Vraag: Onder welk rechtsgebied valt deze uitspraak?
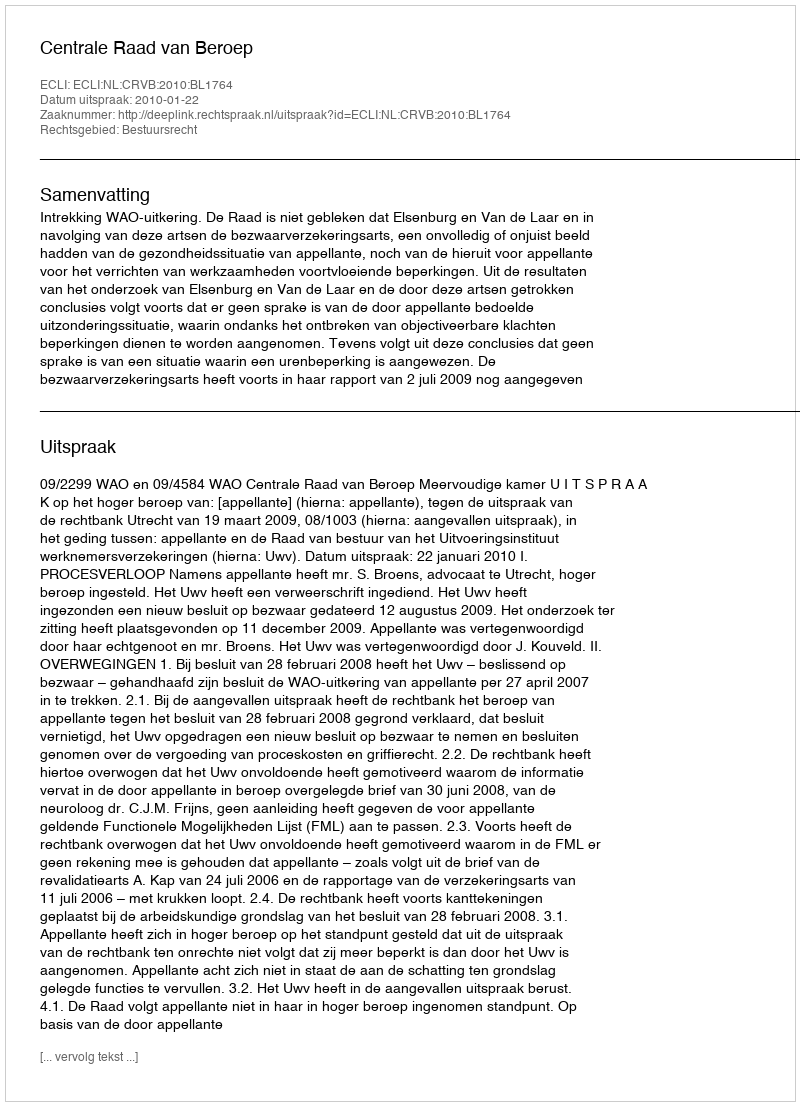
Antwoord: Bestuursrecht